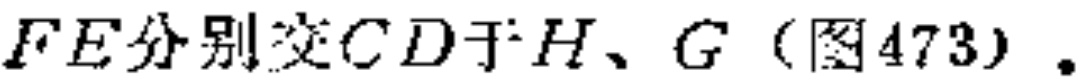
$FE分别交CD于H、G（图473）.$